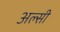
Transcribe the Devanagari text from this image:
अल्सी